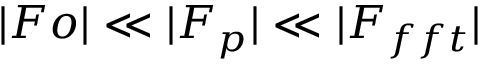
| F o | \ll | F _ { p } | \ll | F _ { f f t } |